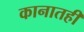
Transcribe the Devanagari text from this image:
कानातही